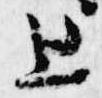
上